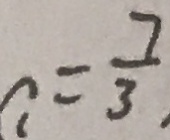
a = \frac { 7 } { 3 }